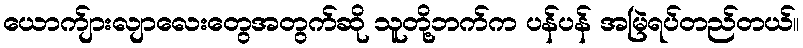
ယောက်ျားလျာလေးတွေအတွက်ဆို သူတို့ဘက်က ပန်ပန် အမြဲရပ်တည်တယ်။